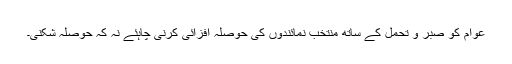
عوام کو صبر و تحمل کے ساتھ منتخب نمائندوں کی حوصلہ افزائی کرنی چاہئے نہ کہ حوصلہ شکنی۔